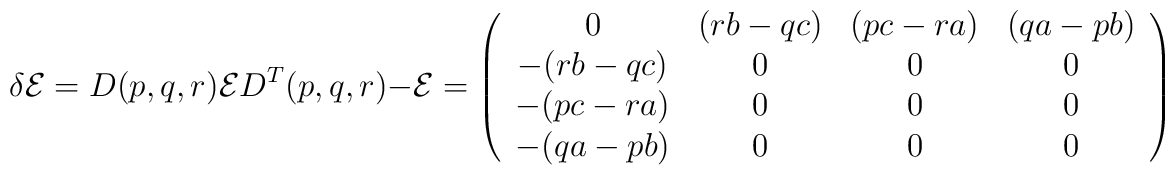
\delta {\cal E} = D(p, q, r) {\cal E} D^T(p, q, r) - {\cal E} = \left( \begin{array}{cccc}0 & (r b- q c) & (p c - r a) & (q a - p b) \\-(r b- q c) & 0 & 0 & 0 \\-(p c - r a) & 0 & 0 & 0 \\-(q a - p b) & 0 & 0 & 0\end{array} \right)